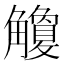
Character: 觼